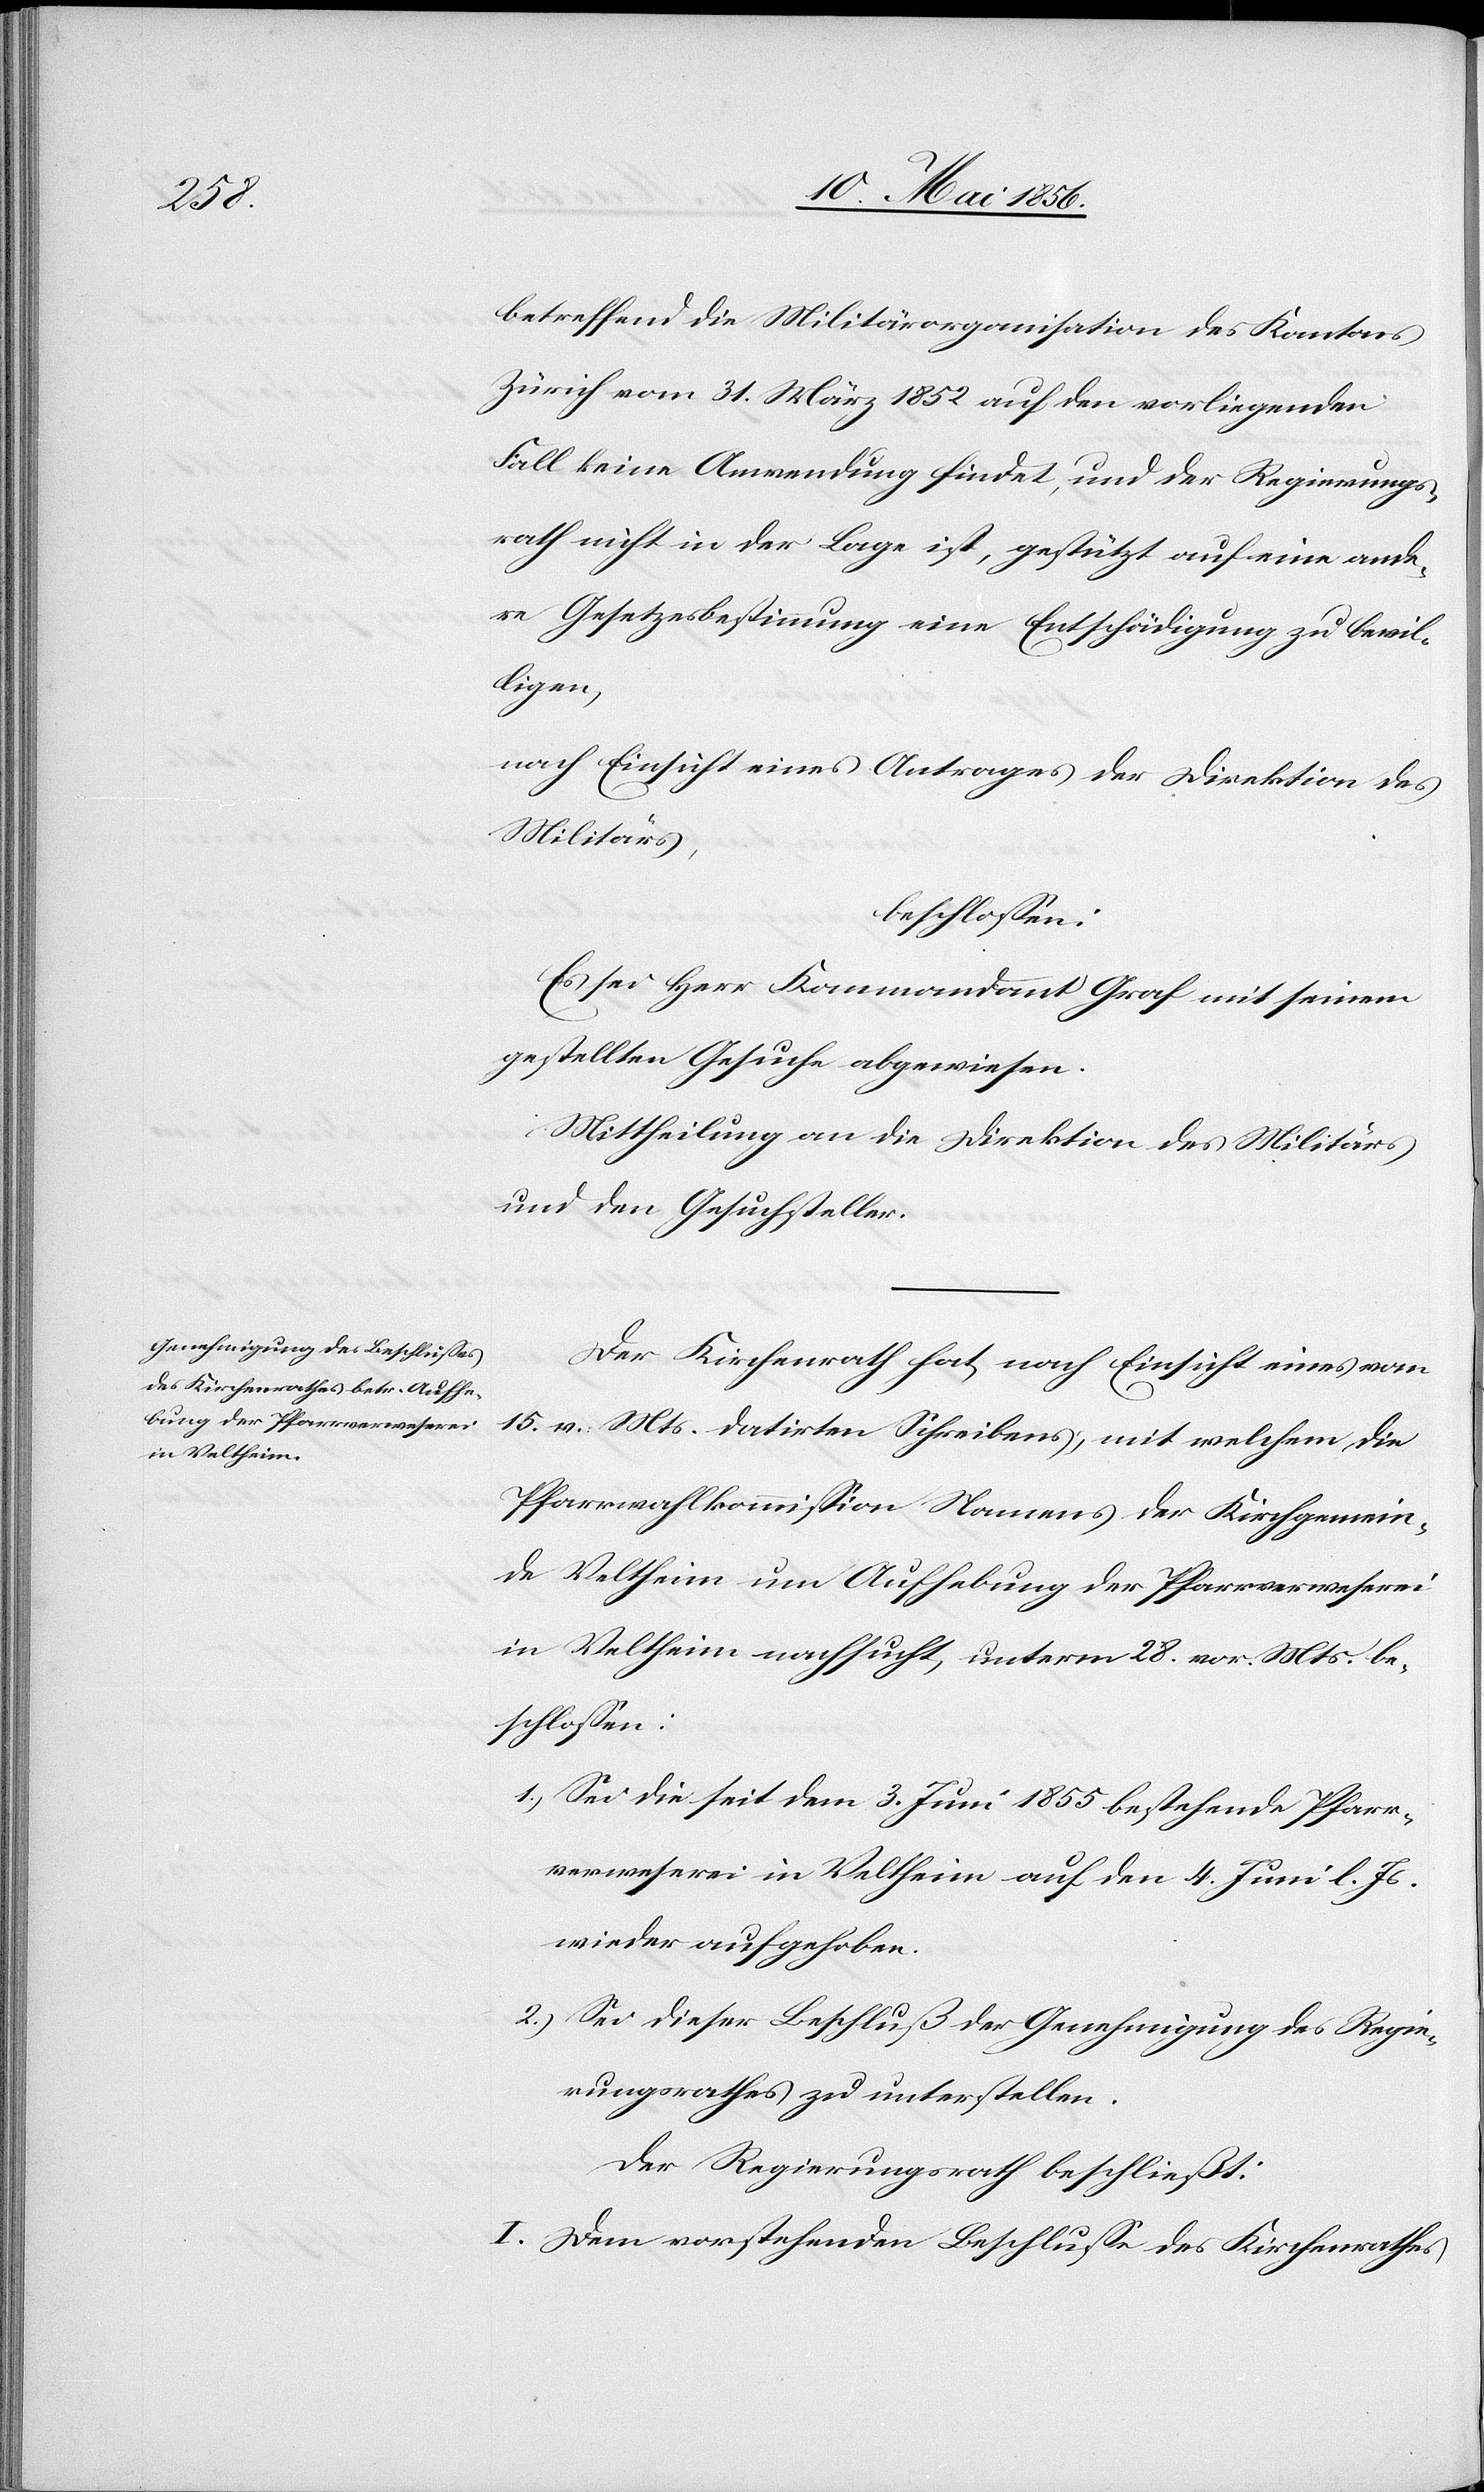
betreffend die Militärorganisation des Kantons
Zürich vom 31. März 1852 auf den vorliegenden
Fall keine Anwendung findet, und der Regierungs¬
rath nicht in der Lage ist, gestützt auf eine ande¬
re Gesetzesbestimmung eine Entschädigung zu bewil¬
ligen,
nach Einsicht eines Antrages der Direktion des
Militärs,
beschlossen:
Es sei Herr Kommandant Graf mit seinem
gestellten Gesuche abgewiesen.
Mittheilung an die Direktion des Militärs
und den Gesuchsteller.
Der Kirchenrath hat, nach Einsicht eines vom
15. v. Mts. datirten Schreibens, mit welchem die
Pfarrwahlkommission Namens der Kirchgemein¬
de Veltheim um Aufhebung der Pfarrverweserei
in Veltheim nachsucht, unterm 28. vor. Mts. be¬
schlossen:
1.) Sei die seit dem 3. Juni 1855 bestehende Pfarr¬
verweserei in Veltheim auf den 4. Juni l. Js.
wieder aufgehoben.
2.) Sei dieser Beschluß der Genehmigung des Regie¬
rungsrathes zu unterstellen.
Der Regierungsrath beschließt:
I. Dem vorstehenden Beschlusse des Kirchenrathes